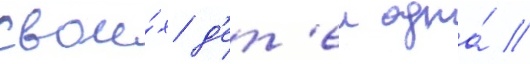
свои́х д'ет'еи одна́ //